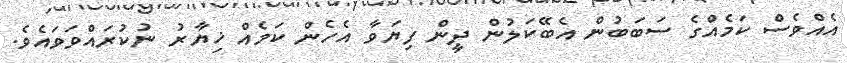
އެއްވެސް ކަމެއްގެ ސަބަބުން އެބޭކަލުން ދީން ފިޔަވާ އެހެން ކަމެއް ޚިޔާރު ނުކުރައްވަވައެވެ.